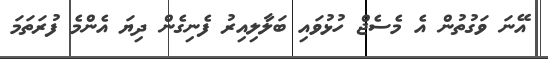
އޭނަ ވަގުތުން އެ މެސެޖް ހުޅުވައި ބަލާލިއިރު ފެނިގެން ދިޔަ އެންމެ ފުރަތަމަ